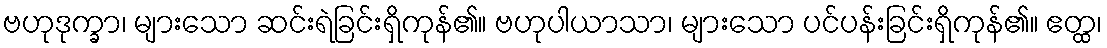
ဗဟုဒုက္ခာ၊ များသော ဆင်းရဲခြင်းရှိကုန်၏။ ဗဟုပါယာသာ၊ များသော ပင်ပန်းခြင်းရှိကုန်၏။ ဧတ္ထ၊